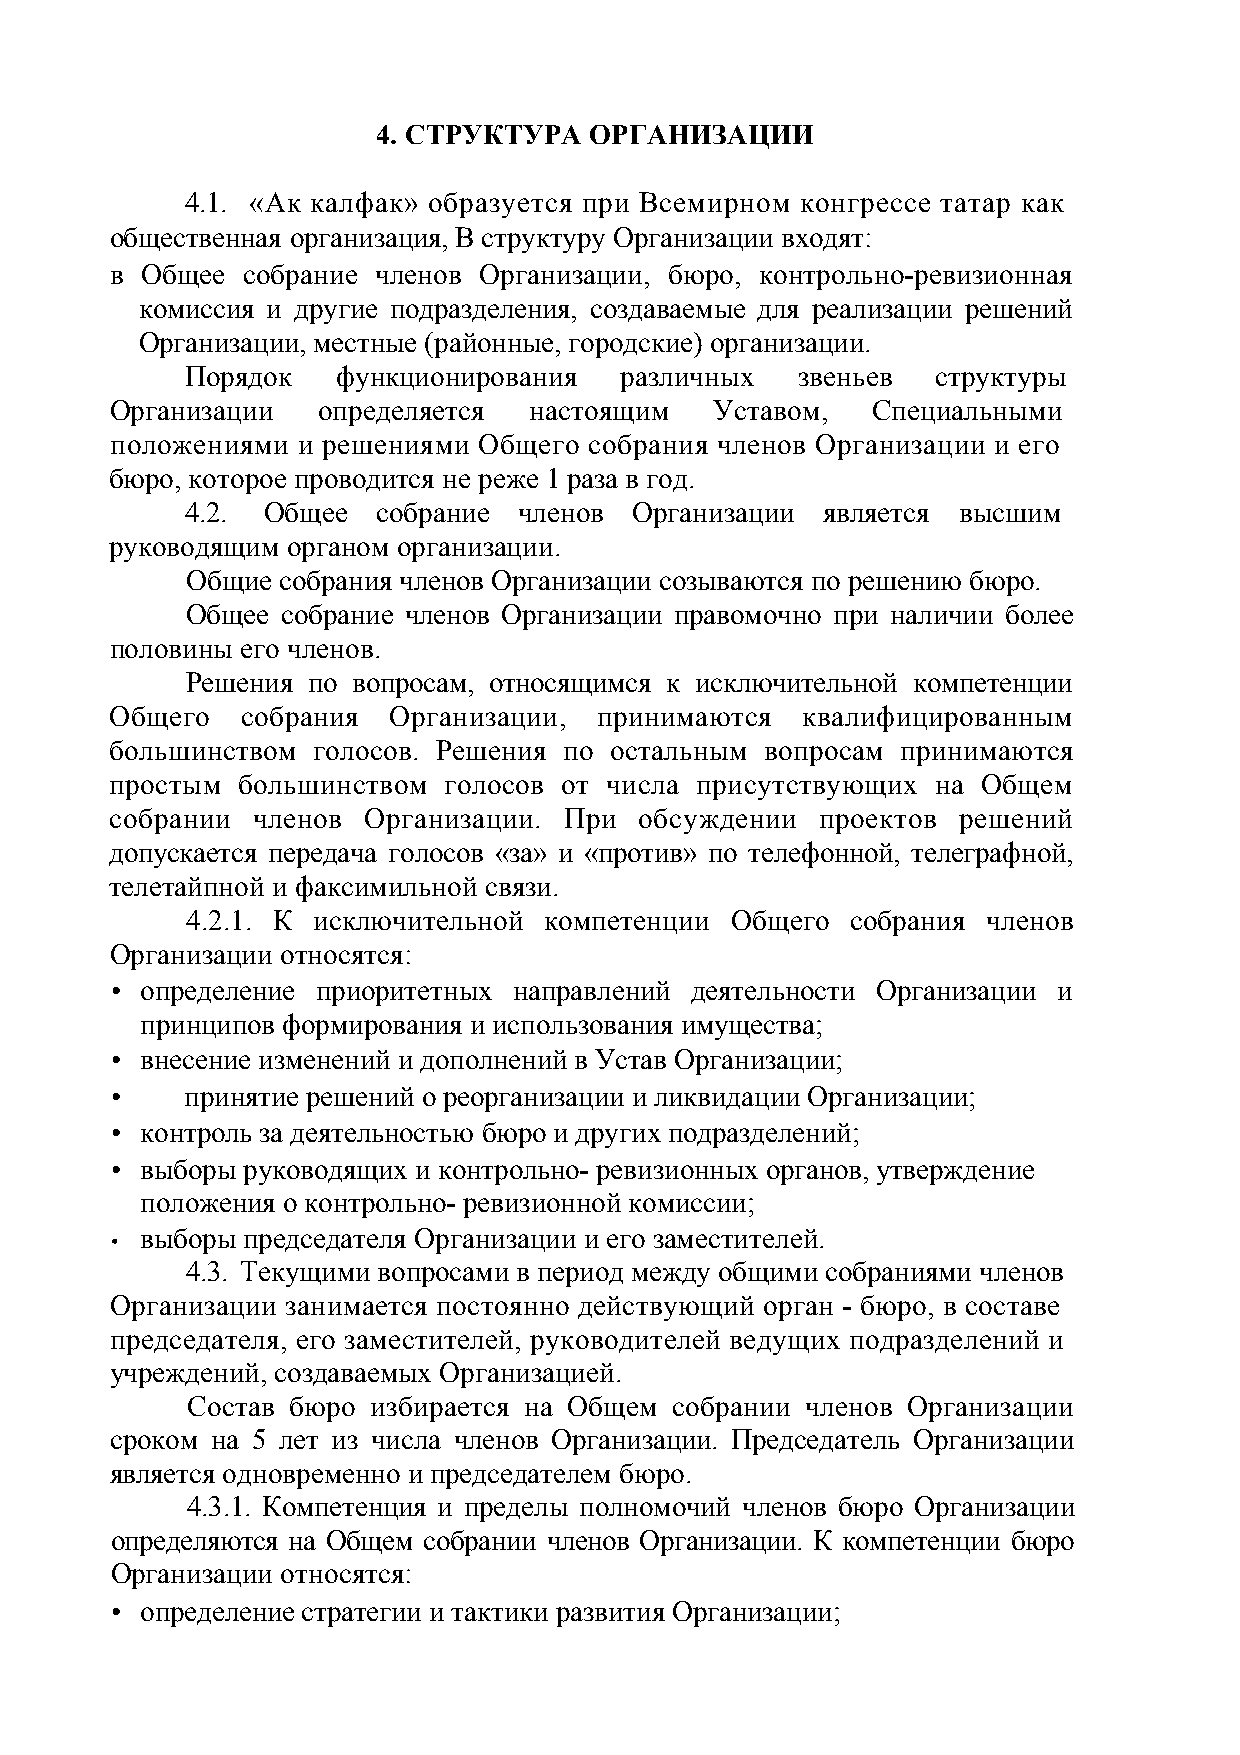
4. СТРУКТУРА  ОРГАНИЗАЦИИ
 4.1. «Ак калфак» образуется при Всемирном конгрессе татар как
 общественная организация, В структуру Организации входят:
 в Общее  собрание членов Организации, бюро, контрольно-ревизионная
 комиссия и другие подразделения, создаваемые для реализации решений
 Организации, местные (районные, городские) организации.
 Порядок   функционирования   различных   звеньев  структуры
 Организации   определяется  настоящим   Уставом,   Специальными
 положениями  и решениями Общего собрания членов Организации и его
 бюро, которое проводится не реже 1 раза в год.
 4.2. Общее   собрание членов  Организации  является высшим
 руководящим органом организации.
 Общие собрания членов Организации созываются по решению бюро.
 Общее  собрание членов Организации правомочно при наличии более
 половины его членов.
 Решения по вопросам, относящимся к исключительной компетенции
 Общего   собрания  Организации,  принимаются  квалифицированным
 большинством  голосов. Решения по остальным вопросам принимаются
 простым  большинством голосов от числа присутствующих  на Общем
 собрании  членов Организации. При  обсуждении  проектов решений
 допускается передача голосов «за» и «против» по телефонной, телеграфной,
 телетайпной и факсимильной связи.
 4.2.1. К исключительной компетенции Общего  собрания членов
 Организации относятся:
 • определение приоритетных направлений деятельности Организации и
 принципов формирования и использования имущества;
 • внесение изменений и дополнений в Устав Организации;
 •    принятие решений о реорганизации и ликвидации Организации;
 • контроль за деятельностью бюро и других подразделений;
 • выборы руководящих и контрольно- ревизионных органов, утверждение
 положения о контрольно- ревизионной комиссии;
 выборы председателя Организации и его заместителей.
 •
 4.3. Текущими вопросами в период между общими собраниями членов
 Организации занимается постоянно действующий орган - бюро, в составе
 председателя, его заместителей, руководителей ведущих подразделений и
 учреждений, создаваемых Организацией.
 Состав бюро  избирается на Общем собрании членов Организации
 сроком на 5 лет из числа членов Организации. Председатель Организации
 является одновременно и председателем бюро.
 4.3.1. Компетенция и пределы полномочий членов бюро Организации
 определяются на Общем собрании членов Организации. К компетенции бюро
 Организации относятся:
 • определение стратегии и тактики развития Организации;